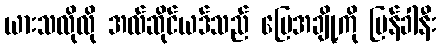
ယားသလိုလို အလ်ဆိုင်ယဒ်သည် မြေအချို့ကို ပြန်ခါနီး